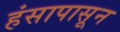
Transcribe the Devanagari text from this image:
हंसापासून